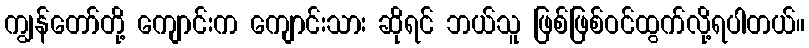
ကျွန်တော်တို့ ကျောင်းက ကျောင်းသား ဆိုရင် ဘယ်သူ ဖြစ်ဖြစ်ဝင်ထွက်လို့ရပါတယ်။